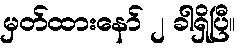
မှတ်ထားနော် ၂ ခါရှိပြီ။